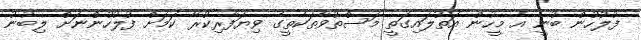
ފުލުހުން ބުނީ އެ މީހުން އަތުލައިގަތީ މަސްތުވާތަކެތީގެ ވިޔަފާރިކުރާ ކަމަށް ފުލުހުންނަށް ލިބުނު